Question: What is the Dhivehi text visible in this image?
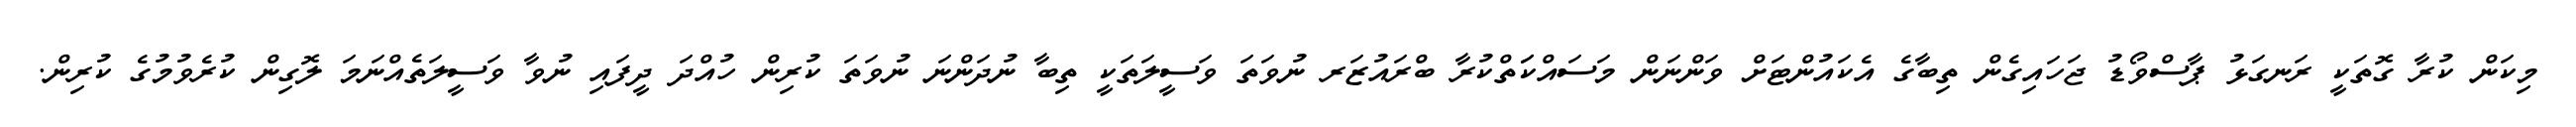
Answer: މިކަން ކުރާ ގޮތަކީ ރަނގަޅު ޕާސްވޯޑު ޖަހައިގެން ތިބާގެ އެކައުންޓަށް ވަންނަން މަސައްކަަތްކުރާ ބްރައުޒަރ ނުވަތަ ވަސީލަތަކީ ތިބާ ނުދަންނަ ނުވަތަ ކުރިން ހުއްދަ ދީފައި ނުވާ ވަސީލަތެއްނަމަ ލޮގިން ކުރެވުމުގެ ކުރިން.